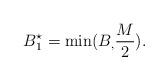
LaTeX: \begin{align*}B_1^{\star} = \min( B_, \frac{M}{2}). \end{align*}